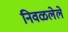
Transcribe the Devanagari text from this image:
निवळलेले